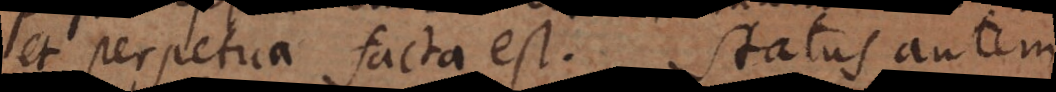
et perpetua facta est. Status autem